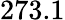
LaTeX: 273.1